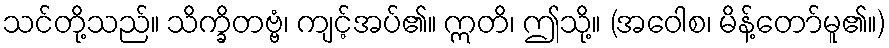
သင်တို့သည်။ သိက္ခိတဗ္ဗံ၊ ကျင့်အပ်၏။ ဣတိ၊ ဤသို့။ (အဝေါစ၊ မိန့်တော်မူ၏။)